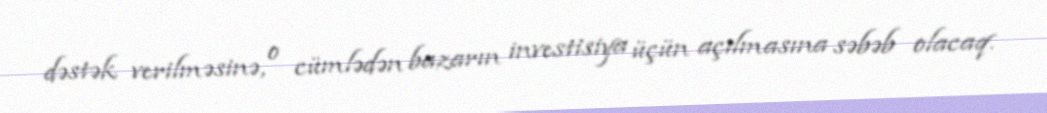
dəstək verilməsinə, o cümlədən bazarın investisiya üçün açılmasına səbəb olacaq.